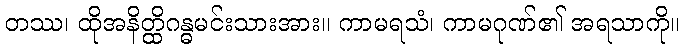
တဿ၊ ထိုအနိတ္ထိဂန္ဓမင်းသားအား။ ကာမရသံ၊ ကာမဂုဏ်၏ အရသာကို။